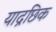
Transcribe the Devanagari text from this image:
याद्रछिक